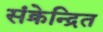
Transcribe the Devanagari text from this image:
संक्रेन्द्रित